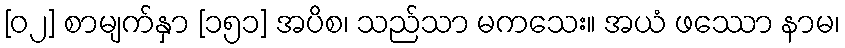
[၀၂] စာမျက်နှာ [၁၅၁] အပိစ၊ သည်သာ မကသေး။ အယံ ဖဿော နာမ၊